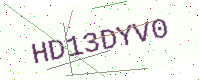
Text: HD13DYV0